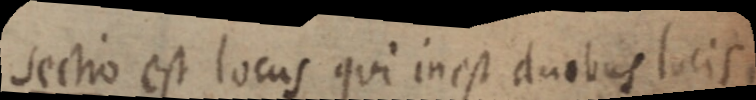
sectio est locus qui in est duobus lacis